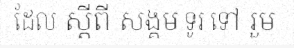
ដែល ស្តីពី សង្គម ទូរ ទៅ រួម